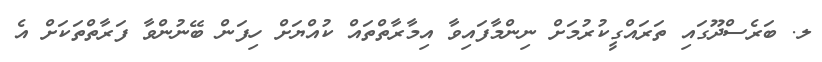
ލ. ބަރެސްދޫގައި ތަރައްގީކުރުމަށް ނިންމާފައިވާ އިމާރާތްތައް ކުއްޔަށް ހިފަން ބޭނުންވާ ފަރާތްތަކަށް އެ